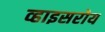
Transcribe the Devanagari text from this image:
व्हाइसरोय